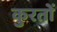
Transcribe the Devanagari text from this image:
कुरतों